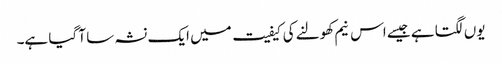
یوں لگتا ہے جیسے اس نیم کھولنے کی کیفیت میں ایک نشہ سا آ گیا ہے۔